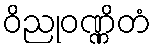
ဝိညုဝဏ္ဏိတံ